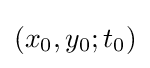
(x_{0},y_{0};t_{0})